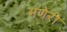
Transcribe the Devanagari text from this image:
मणेरी